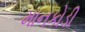
માનકોડી